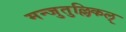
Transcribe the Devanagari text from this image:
मन्जुतुल्लिकल्